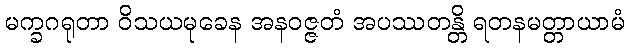
မက္ခဂရုတာ ဝိသယမုခေန အနဝဇ္ဇတံ အပဿတန္တိ ရတနမတ္တာယာမံ